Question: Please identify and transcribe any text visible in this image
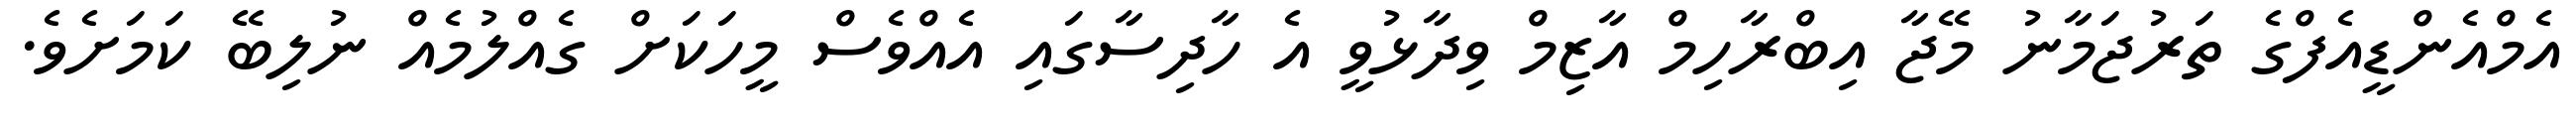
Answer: އެމްއެންޑީއެފްގެ ތަރުޖަމާނު މޭޖާ އިބްރާހިމް އާޒިމް ވިދާޅުވީ އެ ހާދިސާގައި އެއްވެސް މީހަކަށް ގެއްލުމެއް ނުލިބޭ ކަމަށެވެ.